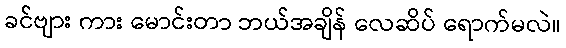
ခင်ဗျား ကား မောင်းတာ ဘယ်အချိန် လေဆိပ် ရောက်မလဲ။